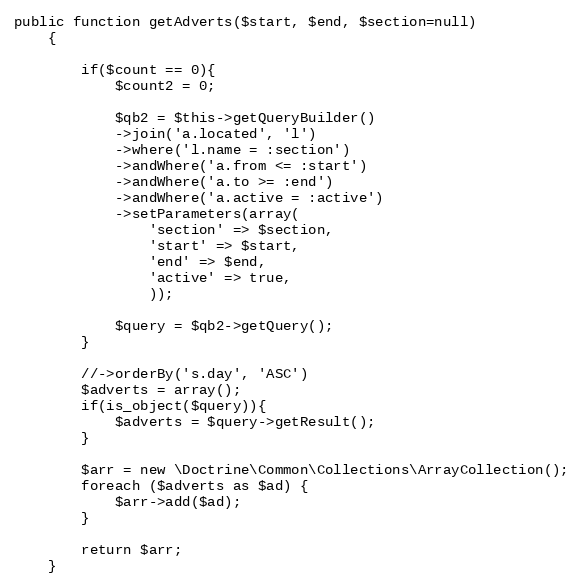
Language: PHP
public function getAdverts($start, $end, $section=null)
    {

        if($count == 0){
            $count2 = 0;

            $qb2 = $this->getQueryBuilder()
            ->join('a.located', 'l')
            ->where('l.name = :section')
            ->andWhere('a.from <= :start')
            ->andWhere('a.to >= :end')
            ->andWhere('a.active = :active')
            ->setParameters(array(
                'section' => $section,
                'start' => $start,
                'end' => $end,
                'active' => true,
                ));

            $query = $qb2->getQuery();
        }

        //->orderBy('s.day', 'ASC')
        $adverts = array();
        if(is_object($query)){
            $adverts = $query->getResult();
        }

        $arr = new \Doctrine\Common\Collections\ArrayCollection();
        foreach ($adverts as $ad) {
            $arr->add($ad);
        }

        return $arr;
    }